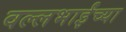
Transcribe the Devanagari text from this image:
वल्लभाईंच्या